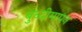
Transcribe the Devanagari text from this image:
बुध्दीमापन